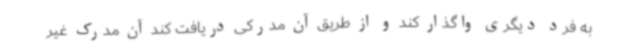
به فرد دیگری واگذار کند و از طریق آن مدرکی دریافت کند آن مدرک غیر